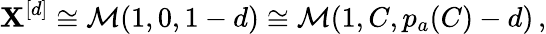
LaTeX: \mathbf{X}^{[d]}\cong\mathcal{{M}}(1,0,1-d)\cong\mathcal{{M}}(1,C,p_{a}(C)-d)\, ,